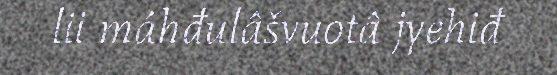
lii máhđulâšvuotâ jyehiđ